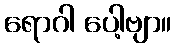
ရောဂါ ပေါ့ဗျာ။